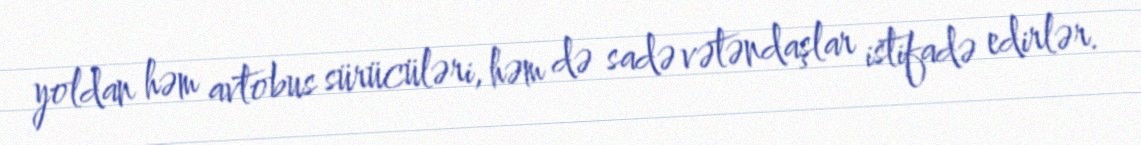
yoldan həm avtobus sürücüləri, həm də sadə vətəndaşlar istifadə edirlər.